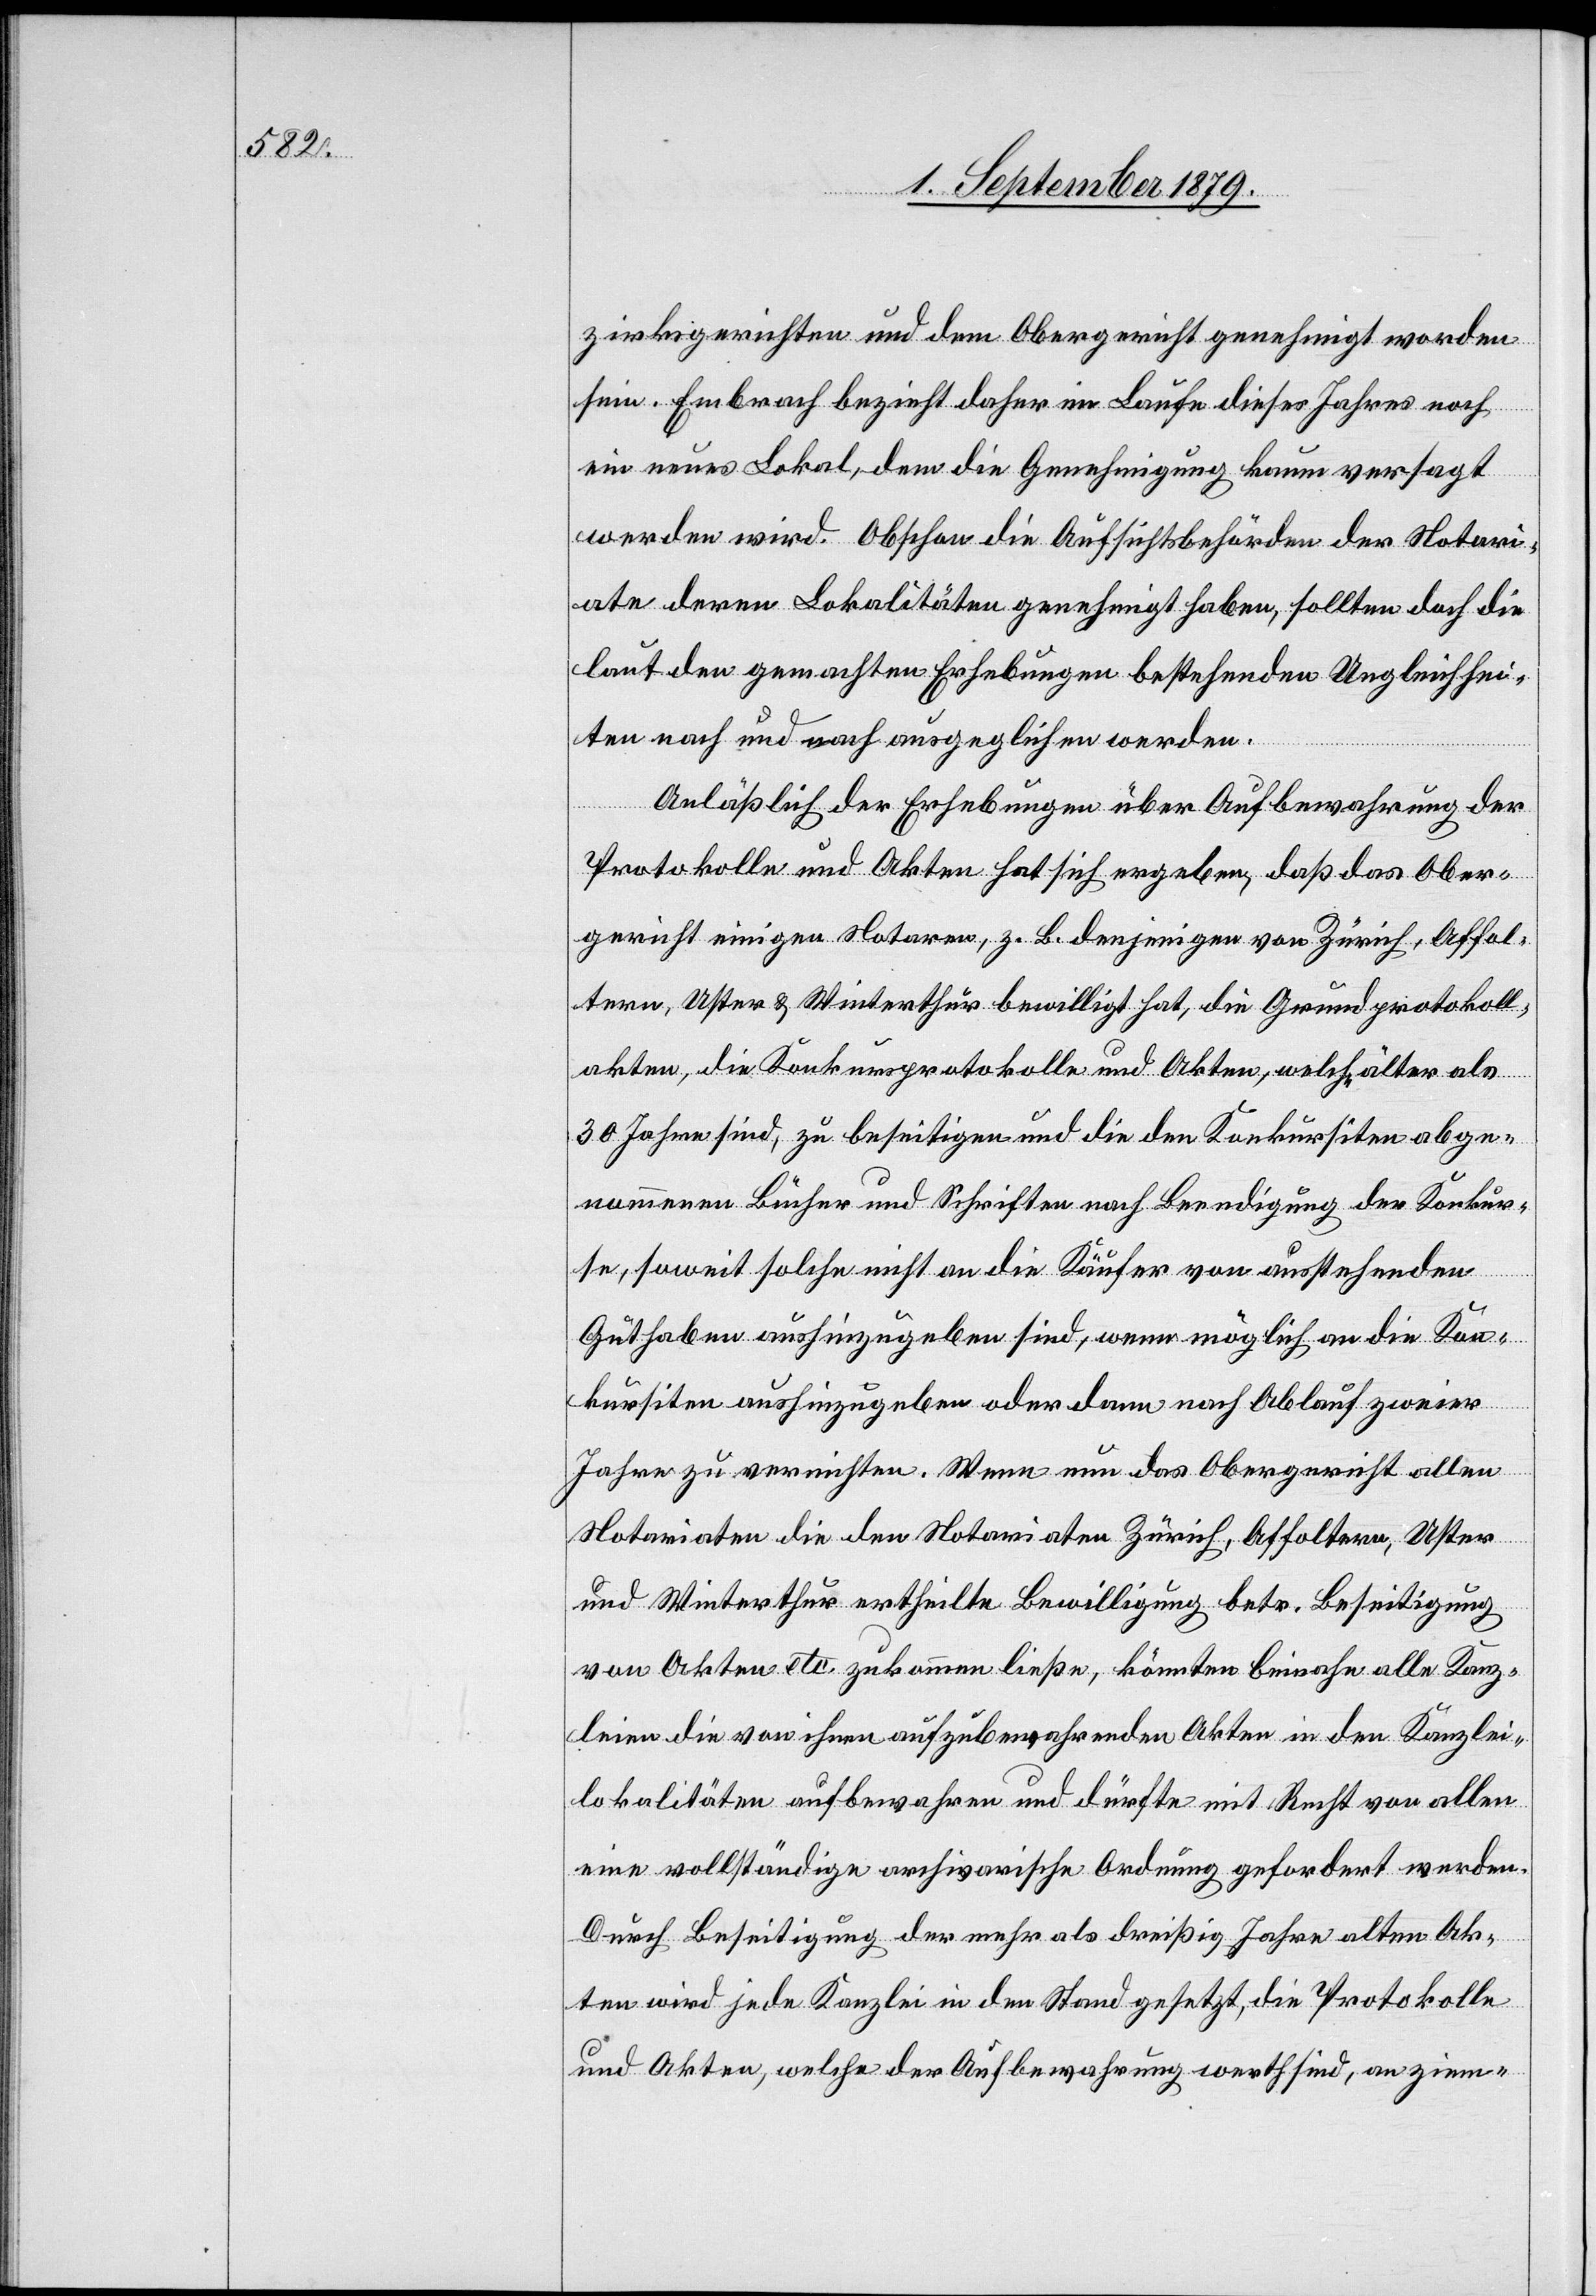
zirksgerichten und dem Obergericht genehmigt worden
sein. Embrach bezieht daher im Laufe dieses Jahres noch
ein neues Lokal, dem die Genehmigung kaum versagt
werden wird. Obschon die Aufsichtsbehörden der Notari¬
ate deren Lokalitäten genehmigt haben, sollten doch die
laut den gemachten Erhebungen bestehenden Ungleichhei¬
ten nach und nach ausgeglichen werden.
Anläßlich der Erhebungen über Aufbewahrung der
Protokolle und Akten hat sich ergeben, daß das Ober¬
gericht einigen Notaren, z. B. derjenigen von Zürich, Affol¬
tern, Uster & Winterthur bewilligt hat, die Grundprotokoll¬
akten, die Konkursprotokolle und Akten, welche älter als
30 Jahre sind, zu beseitigen und die den Konkursiten abge¬
nommenen Bücher und Schriften nach Beendigung der Konkur¬
s, soweit solche nicht an die Käufer von ausstehenden
Guthaben aushinzugeben sind, wenn möglich an die Kon¬
kursiten aushinzugeben oder dann nach Ablauf zweier
Jahre zu vernichten. Wenn nun das Obergericht allen
Notariaten die den Notariaten Zürich, Affoltern, Uster
und Winterthur ertheilte Bewilligung betr. Beseitigung
von Akten etc. zukommen ließe, könnten beinahe alle Kanz¬
leien die von ihnen aufzubewahrenden Akten in den Kanzlei¬
lokalitäten aufbewahren und dürfte mit Recht von allen
eine vollständige archivarische Ordnung gefordert werden.
Durch Beseitigung der mehr als dreißig Jahre alten Ak¬
ten wird jede Kanzlei in den Stand gesetzt, die Protokolle
und Akten, welche der Aufbewahrung werth sind, an ziem-